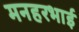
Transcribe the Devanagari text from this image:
मनहरभाई